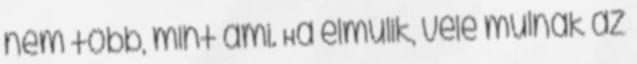
nem több, mint ami. Ha elmúlik, vele múlnak az